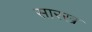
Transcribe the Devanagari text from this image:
सारख